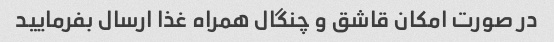
در صورت امکان قاشق و چنگال همراه غذا ارسال بفرمایید